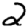
Digit: 2